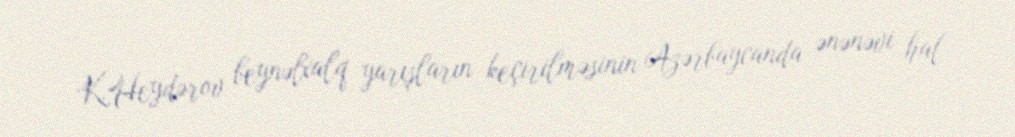
K.Heydərov beynəlxalq yarışların keçirilməsinin Azərbaycanda ənənəvi hal